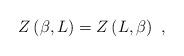
LaTeX: \begin{align*}Z\left(\beta,L\right)=Z\left(L,\beta\right) \ ,\end{align*}